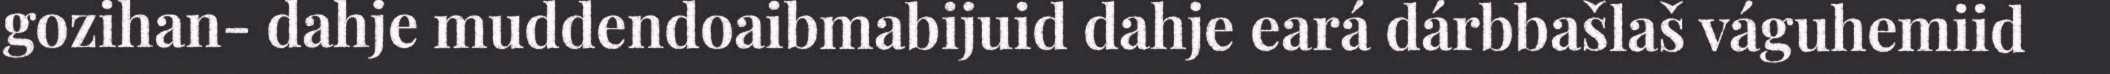
gozihan- dahje muddendoaibmabijuid dahje eará dárbbašlaš váguhemiid